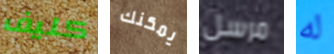
كليف يمكنك مرسل له